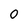
Character: 0